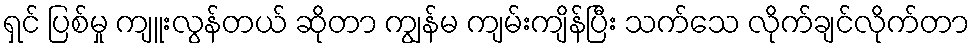
ရှင် ပြစ်မှု ကျူးလွန်တယ် ဆိုတာ ကျွန်မ ကျမ်းကျိန်ပြီး သက်သေ လိုက်ချင်လိုက်တာ